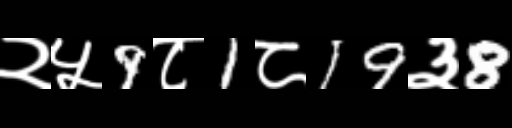
Text: २५9८1८19३8